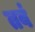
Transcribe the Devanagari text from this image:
तवं